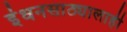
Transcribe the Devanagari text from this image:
इंधनसाठ्यालाही